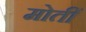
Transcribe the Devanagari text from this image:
मोतीं